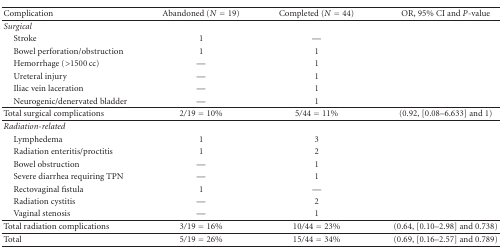
| Complication | Abandoned (N = 19) | Completed (N = 44) | OR, 95% CI and P-value |
 | --- | --- | --- | --- |
 | Surgical |  |  |  |
 | Stroke | 1 | — |  |
 | Bowel perforation/obstruction | 1 | 1 |  |
 | Hemorrhage (>1500 cc) | — | 1 |  |
 | Ureteral injury | — | 1 |  |
 | Iliac vein laceration | — | 1 |  |
 | Neurogenic/denervated bladder | — | 1 |  |
 | Total surgical complications | 2/19 = 10% | 5/44 = 11% | (0.92, [0.08–6.633] and 1) |
 | Radiation-related |  |  |  |
 | Lymphedema | 1 | 3 |  |
 | Radiation enteritis/proctitis | 1 | 2 |  |
 | Bowel obstruction | — | 1 |  |
 | Severe diarrhea requiring TPN | — | 1 |  |
 | Rectovaginal fistula | 1 | — |  |
 | Radiation cystitis | — | 2 |  |
 | Vaginal stenosis | — | 1 |  |
 | Total radiation complications | 3/19 = 16% | 10/44 = 23% | (0.64, [0.10–2.98] and 0.738) |
 | Total | 5/19 = 26% | 15/44 = 34% | (0.69, [0.16–2.57] and 0.789) |